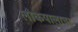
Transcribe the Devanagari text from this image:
लोकपालाचा